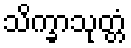
သိက္ခာသုတ္တံ